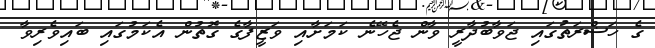
ގެ ހަޟްރަތުގައި ޖަވާބުދާރީ ވާން ޖެހޭނެ ކަމަށާއި ވަޒީފާގެ ގޮތުން އެކަމުގައި ބައިވެރިވާ